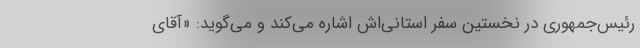
رئیس‌جمهوری در نخستین سفر استانی‌اش اشاره می‌کند و می‌گوید: «آقای